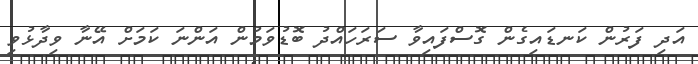
އަދި ފަރުން ކަނޑައިގެން ގޮސްފައިވާ ސަރަހައްދު ބޮޑުވަމުން އަންނަ ކަމަށް އޭނާ ވިދާޅުވި